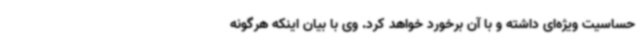
حساسیت ویژه‌ای داشته و با آن برخورد خواهد کرد. وی با بیان اینکه هرگونه